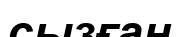
сызған